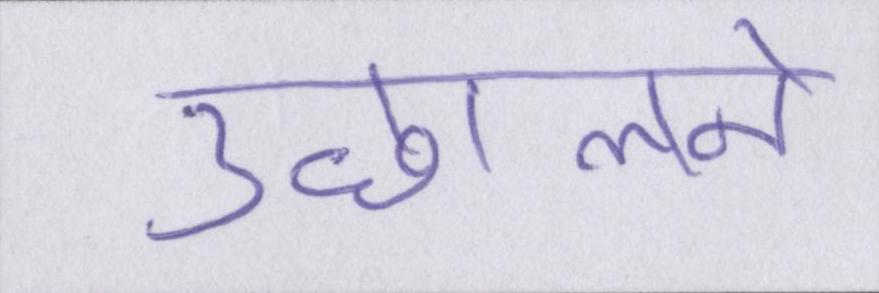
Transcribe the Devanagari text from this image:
उछालने